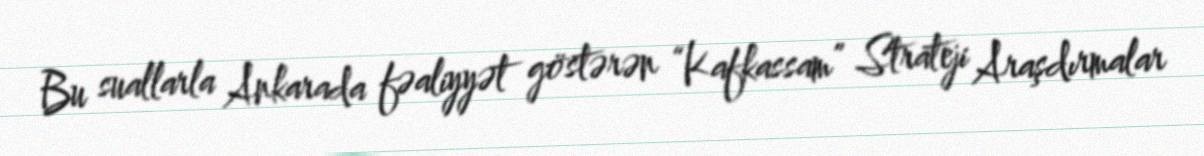
Bu suallarla Ankarada fəaliyyət göstərən “Kafkassam” Strateji Araşdırmalar